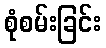
စုံစမ်းခြင်း